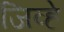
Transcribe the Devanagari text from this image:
जिव्हे